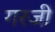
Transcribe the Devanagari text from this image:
गरजीं